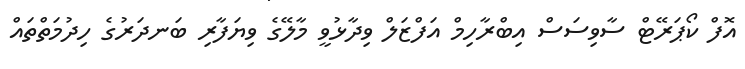
އޮފް ކޯޕަރޭޓް ސާވިސަސް އިބްރާހިމް އަފްޒަލް ވިދާޅުވީ މާލޭގެ ވިޔަފާރި ބަނދަރުގެ ހިދުމަތްތައް